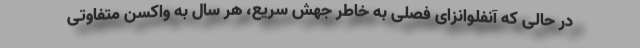
در حالی که آنفلوانزای فصلی به خاطر جهش سریع، هر سال به واکسن متفاوتی